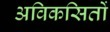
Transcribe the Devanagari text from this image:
अविकसितों